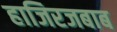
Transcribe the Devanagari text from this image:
हाजिरजबाब